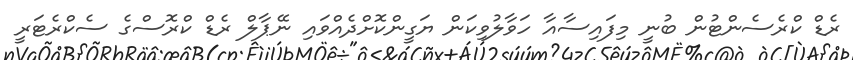
ރެޑް ކްރެސެންޓުން ބުނީ މިފައިސާއާ ހަވާލުވިކަން ޔަގީންކޮށްދެއްވައި ނޭޕާލް ރެޑް ކްރޮސްގެ ސެކްރެޓަރީ